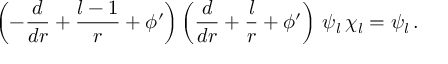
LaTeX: \left( - \frac { d } { d r } + \frac { l - 1 } { r } + \phi ^ { \prime } \right) \left( \frac { d } { d r } + \frac { l } { r } + \phi ^ { \prime } \right) \, \psi _ { l } \, \chi _ { l } = \psi _ { l } \, .